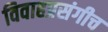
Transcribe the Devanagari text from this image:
विवाहप्रसंगीच